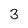
Character: 3